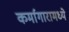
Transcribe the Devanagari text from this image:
कर्मागारामध्ये